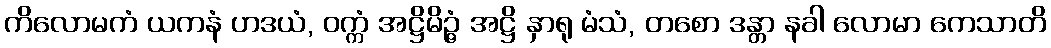
ကိလောမကံ ယကနံ ဟဒယံ, ဝက္ကံ အဋ္ဌိမိဉ္ဇံ အဋ္ဌိ နှာရု မံသံ, တစော ဒန္တာ နခါ လောမာ ကေသာတိ